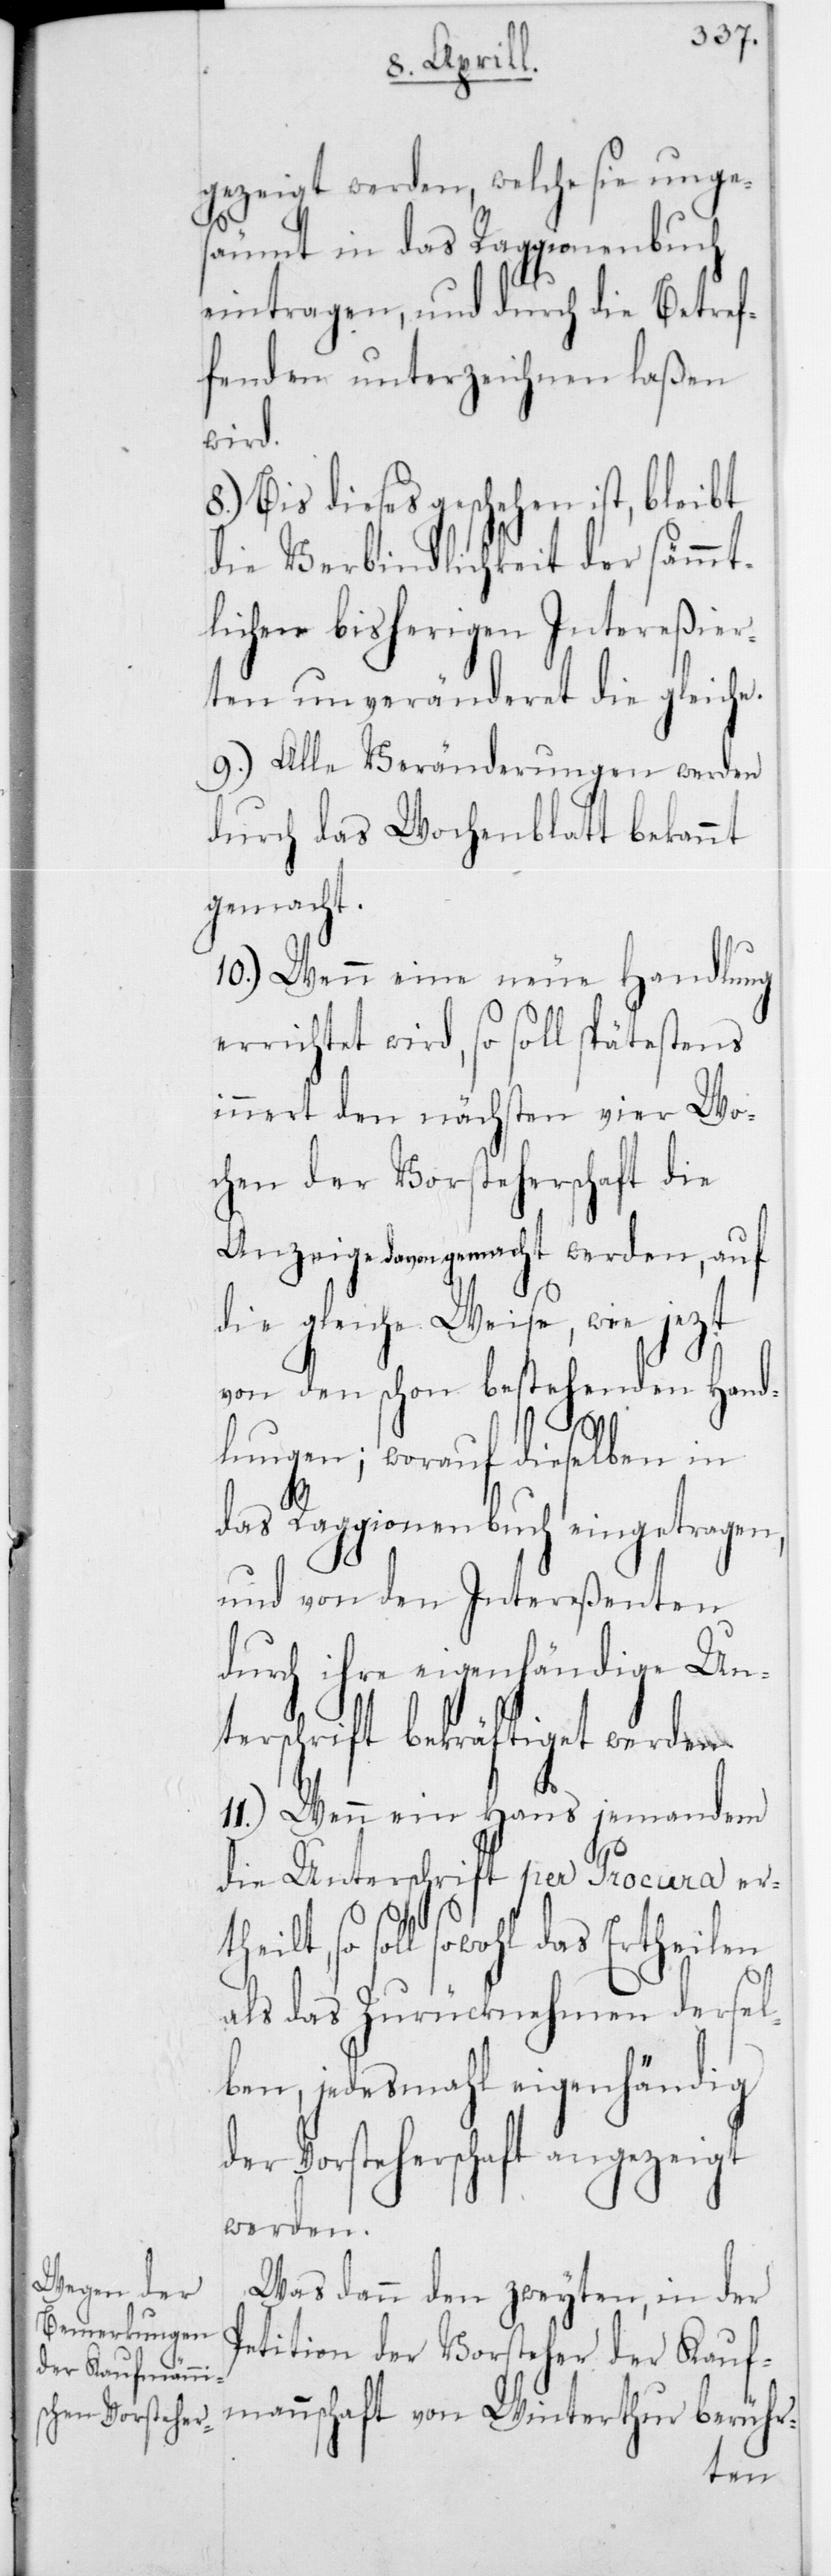
gezeigt werden, welche sie unges¬
äumt in das Raggionenbuch
eintragen, und durch die Betref¬
fenden unterzeichnen laßen
wird.
8.) Bis dieses geschehen ist, bleibt
die Verbindlichkeit der sämmt¬
lichen bisherigen Intereßier¬
ten unveränderet die gleiche.
9.) Alle Veränderungen werden
durch das Wochenblatt bekannt
gemacht.
10.) Wenn eine neue Handlung
errichtet wird, so soll spätestens
innert den nächsten vier Wo¬
chen der Vorsteherschaft die
Anzeige davon gemacht werden, auf
die gleiche Weise, wie jezt
von den schon bestehenden Hand¬
lungen; worauf dieselben in
das Raggionenbuch eingetragen,
und von den Intereßenten
durch ihre eigenhändige Un¬
terschrift bekräftiget werden.
11.) Wenn ein Haus jemandem
die Unterschrift per Procura er¬
theilt, so soll sowohl das
als das Zurücknehmen dersel¬
ben, jedesmahl eigenhändig
der Vorsteherschaft angezeigt
werden.